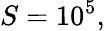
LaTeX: S=10^{5},